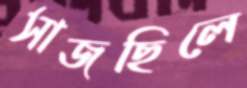
সাজছিলে